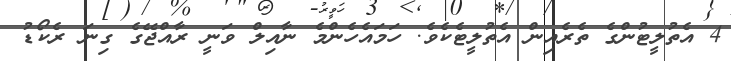
4 އެތުލީޓުންގެ ތެރެއިން އެތުލީޓެކެވެ. ހަމައެހެންމެ ނާއިލް ވަނީ ރާއްޖޭގެ ގިނަ ރެކޯޑު